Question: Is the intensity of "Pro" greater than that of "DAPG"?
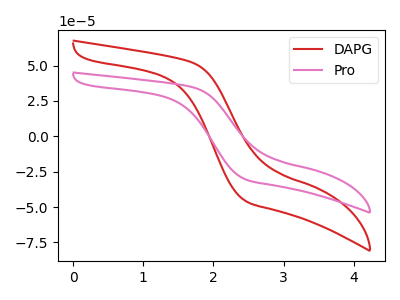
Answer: <think>The red curve "DAPG" has no peaks. The pink curve "Pro" has no peaks.
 Neither "Pro" or "DAPG" have any peaks.</think>
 <answer>I cant tell if "Pro" or "DAPG" has more signal.</answer>
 <eval>mixed_signal</eval>